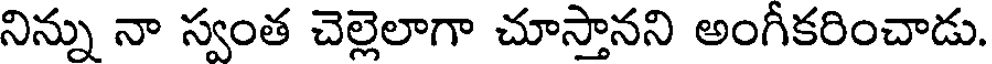
నిన్ను నా స్వంత చెల్లెలాగా చూస్తానని అంగీకరించాడు.